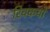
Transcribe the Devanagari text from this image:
रिक्कयो